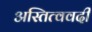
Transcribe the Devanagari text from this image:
अस्तित्ववदी